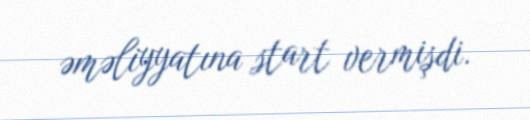
əməliyyatına start vermişdi.